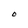
Character: O